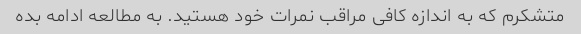
متشکرم که به اندازه کافی مراقب نمرات خود هستید. به مطالعه ادامه بده